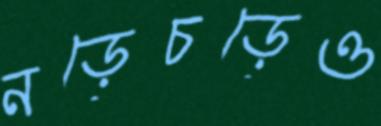
নড়েচড়েও